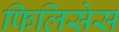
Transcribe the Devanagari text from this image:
फिलिसेस